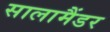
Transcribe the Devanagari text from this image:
सालामैंडर